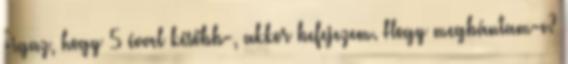
-igaz, hogy 5 évvel később-, akkor befejezem. Hogy megbántam-e?